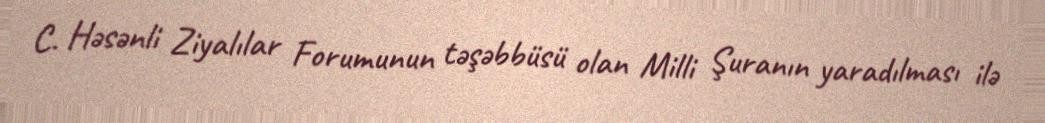
C. Həsənli Ziyalılar Forumunun təşəbbüsü olan Milli Şuranın yaradılması ilə